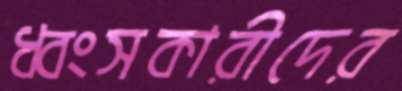
ধ্বংসকারীদের